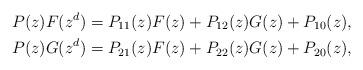
LaTeX: \begin{align*}P(z)F(z^d) & = P_{11}(z)F(z) + P_{12}(z)G(z) + P_{10}(z),\\P(z)G(z^d) & = P_{21}(z)F(z) + P_{22}(z)G(z) + P_{20}(z),\end{align*}